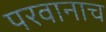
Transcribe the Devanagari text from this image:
परवानाच